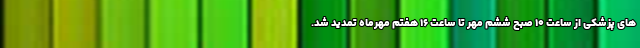
های پزشکی از ساعت ۱۰ صبح ششم مهر تا ساعت ۱۶ هفتم مهرماه تمدید شد.